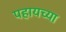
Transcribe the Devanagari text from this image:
पहायच्या